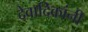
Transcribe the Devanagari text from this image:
देवादिकांनी